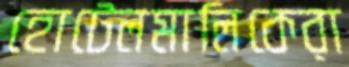
হোটেলমালিকেরা